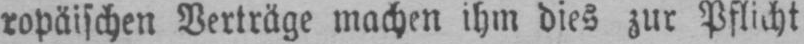
ropäischen Verträge machen ihm dies zur Pflicht